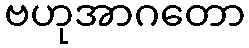
ဗဟုအာဂတော